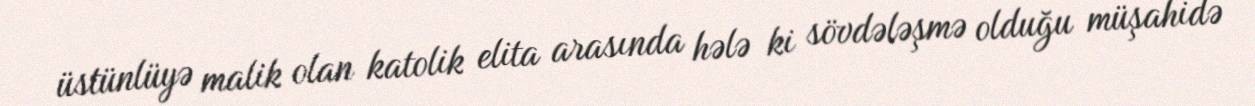
üstünlüyə malik olan katolik elita arasında hələ ki sövdələşmə olduğu müşahidə